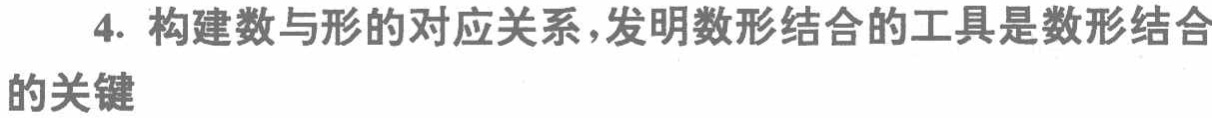
4. 构建数与形的对应关系，发明数形结合的工具是数形结合的关键